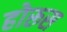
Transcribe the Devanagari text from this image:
होरूस